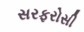
સરફરોસી